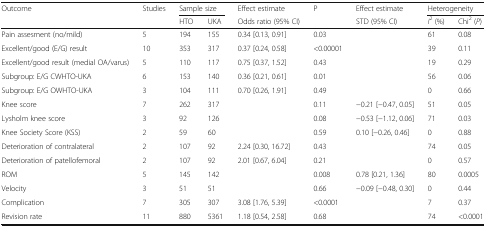
<table><thead><tr><td rowspan="2"><b>Outcome</b></td><td rowspan="2"><b>Studies</b></td><td colspan="2"><b>Sample size</b></td><td><b>Effect estimate</b></td><td rowspan="2"><b>P</b></td><td><b>Effect estimate</b></td><td colspan="2"><b>Heterogeneity</b></td></tr><tr><td><b>HTO</b></td><td><b>UKA</b></td><td><b>Odds ratio (95% CI)</b></td><td><b>STD (95% CI)</b></td><td><b><i>I</i><sup>2</sup> (%)</b></td><td><b>Chi<sup>2</sup> (<i>P</i>)</b></td></tr></thead><tbody><tr><td>Pain assesment (no/mild)</td><td>5</td><td>194</td><td>155</td><td>0.34 [0.13, 0.91]</td><td>0.03</td><td></td><td>61</td><td>0.08</td></tr><tr><td>Excellent/good (E/G) result</td><td>10</td><td>353</td><td>317</td><td>0.37 [0.24, 0.58]</td><td>&lt;0.00001</td><td></td><td>39</td><td>0.11</td></tr><tr><td>Excellent/good result (medial OA/varus)</td><td>5</td><td>110</td><td>117</td><td>0.75 [0.37, 1.52]</td><td>0.43</td><td></td><td>19</td><td>0.29</td></tr><tr><td>Subgroup: E/G CWHTO-UKA</td><td>6</td><td>153</td><td>140</td><td>0.36 [0.21, 0.61]</td><td>0.01</td><td></td><td>56</td><td>0.06</td></tr><tr><td>Subgroup: E/G OWHTO-UKA</td><td>3</td><td>104</td><td>111</td><td>0.70 [0.26, 1.91]</td><td>0.49</td><td></td><td>0</td><td>0.66</td></tr><tr><td>Knee score</td><td>7</td><td>262</td><td>317</td><td></td><td>0.11</td><td>−0.21 [−0.47, 0.05]</td><td>51</td><td>0.05</td></tr><tr><td>Lysholm knee score</td><td>3</td><td>92</td><td>126</td><td></td><td>0.08</td><td>−0.53 [−1.12, 0.06]</td><td>71</td><td>0.03</td></tr><tr><td>Knee Society Score (KSS)</td><td>2</td><td>59</td><td>60</td><td></td><td>0.59</td><td>0.10 [−0.26, 0.46]</td><td>0</td><td>0.88</td></tr><tr><td>Deterioration of contralateral</td><td>2</td><td>107</td><td>92</td><td>2.24 [0.30, 16.72]</td><td>0.43</td><td></td><td>74</td><td>0.05</td></tr><tr><td>Deterioration of patellofemoral</td><td>2</td><td>107</td><td>92</td><td>2.01 [0.67, 6.04]</td><td>0.21</td><td></td><td>0</td><td>0.57</td></tr><tr><td>ROM</td><td>5</td><td>145</td><td>142</td><td></td><td>0.008</td><td>0.78 [0.21, 1.36]</td><td>80</td><td>0.0005</td></tr><tr><td>Velocity</td><td>3</td><td>51</td><td>51</td><td></td><td>0.66</td><td>−0.09 [−0.48, 0.30]</td><td>0</td><td>0.44</td></tr><tr><td>Complication</td><td>7</td><td>305</td><td>307</td><td>3.08 [1.76, 5.39]</td><td>&lt;0.0001</td><td></td><td>7</td><td>0.37</td></tr><tr><td>Revision rate</td><td>11</td><td>880</td><td>5361</td><td>1.18 [0.54, 2.58]</td><td>0.68</td><td></td><td>74</td><td>&lt;0.0001</td></tr></tbody></table>